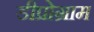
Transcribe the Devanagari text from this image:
डीप्रोग्राम